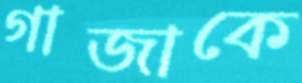
গাজাকে